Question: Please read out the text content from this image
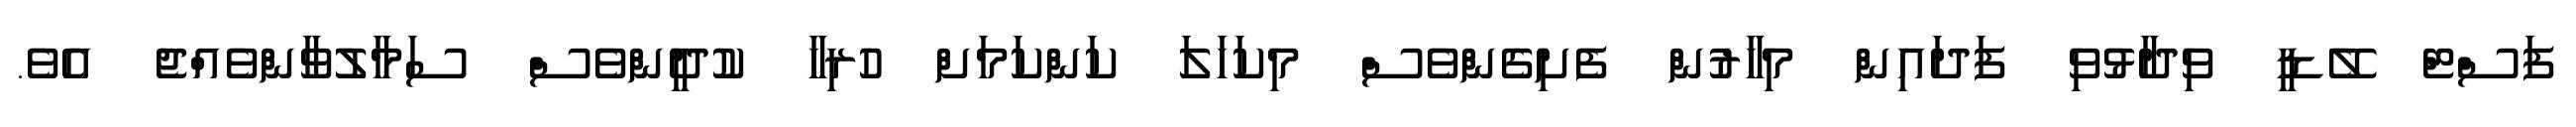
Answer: ފަސްޓް ލޭޑީ ވިދާޅުވި ފަދައިން މިހާރުން ފެށިގެންވެސް މިކަހަލަ ކަންކަމަށް ހުރިހާ ކުދީންވެސް ސަމާލުވާންވެއްޖެ އެވެ.